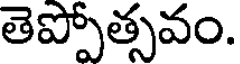
తెప్పోత్సవం.